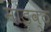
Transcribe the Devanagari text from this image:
मांडव्ठ